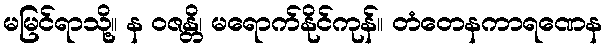
မမြင်ရာသို့။ န ဝဇန္တိ၊ မရောက်နိုင်ကုန်။ တံတေနကာရဏေန